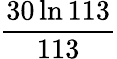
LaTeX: \frac{30\ln 113}{113}